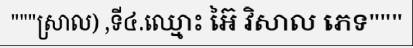
"""ស្រាល) ,ទី៤.ឈ្មោះ អ៊ៃ វិសាល ភេទ"""